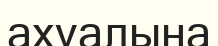
ахуалына